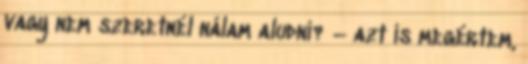
vagy nem szeretnél nálam aludni? – azt is megértem,